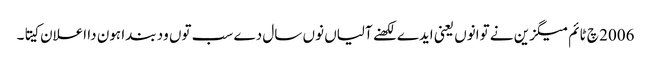
2006 چ ٹائم میگزین نے توانوں یعنی ایدے لکھنے آلیاں نوں سال دے سب توں ود بندا ہون دا اعلان کیتا۔